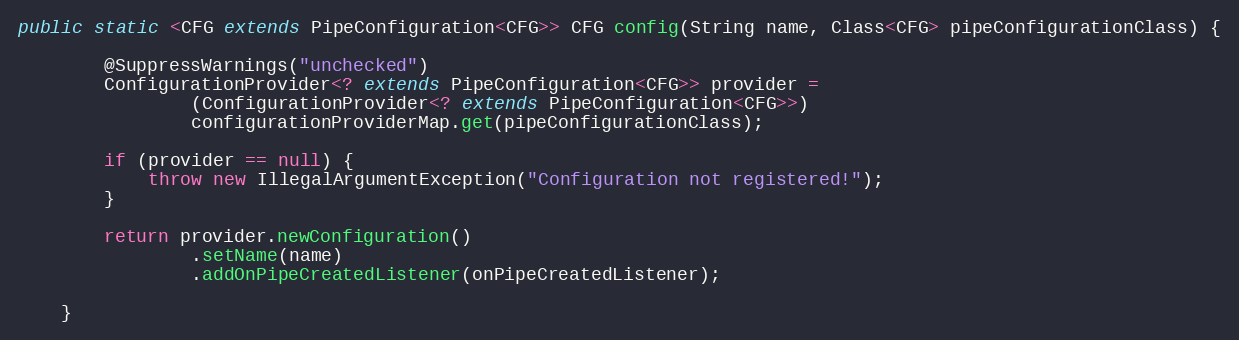
Language: Java
public static <CFG extends PipeConfiguration<CFG>> CFG config(String name, Class<CFG> pipeConfigurationClass) {

        @SuppressWarnings("unchecked")
        ConfigurationProvider<? extends PipeConfiguration<CFG>> provider =
                (ConfigurationProvider<? extends PipeConfiguration<CFG>>)
                configurationProviderMap.get(pipeConfigurationClass);

        if (provider == null) {
            throw new IllegalArgumentException("Configuration not registered!");
        }

        return provider.newConfiguration()
                .setName(name)
                .addOnPipeCreatedListener(onPipeCreatedListener);

    }